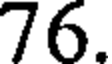
76.